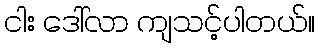
ငါး ဒေါ်လာ ကျသင့်ပါတယ်။